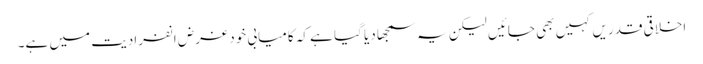
اخلاقی قدریں کہیں بھی جائیں لیکن یہ سمجھا دیا گیا ہے کہ کامیابی خود غرض انفرادیت میں ہے۔